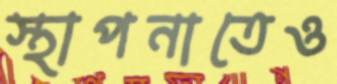
স্থাপনাতেও